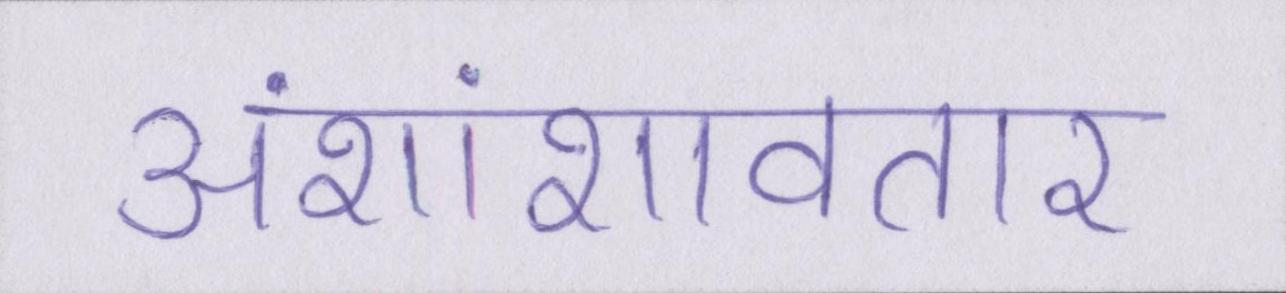
अंशांशावतार